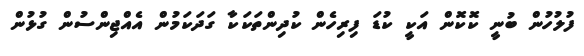
ފުލުހުން ބުނީ ކޮކޮން އަކީ ކުޑަ ފިރިހެން ކުދިންތަކަކާ ގަދަކަމުން އެއްޖިންސުން ގުޅުން